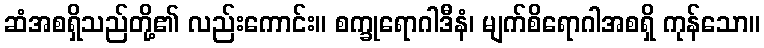
ဆံအစရှိသည်တို့၏ လည်းကောင်း။ စက္ခုရောဂါဒီနံ၊ မျက်စိရောဂါအစရှိ ကုန်သော။